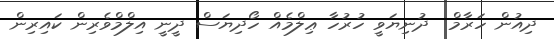
ދިއުން ހަރާމް  ދުނިޔަވީ ހުރުހާ ޢިލްމެއް ހޯދިޔަސް ދީނީ އިލްމްވެރިން ކައިރިން